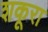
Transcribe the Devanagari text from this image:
शकूरा